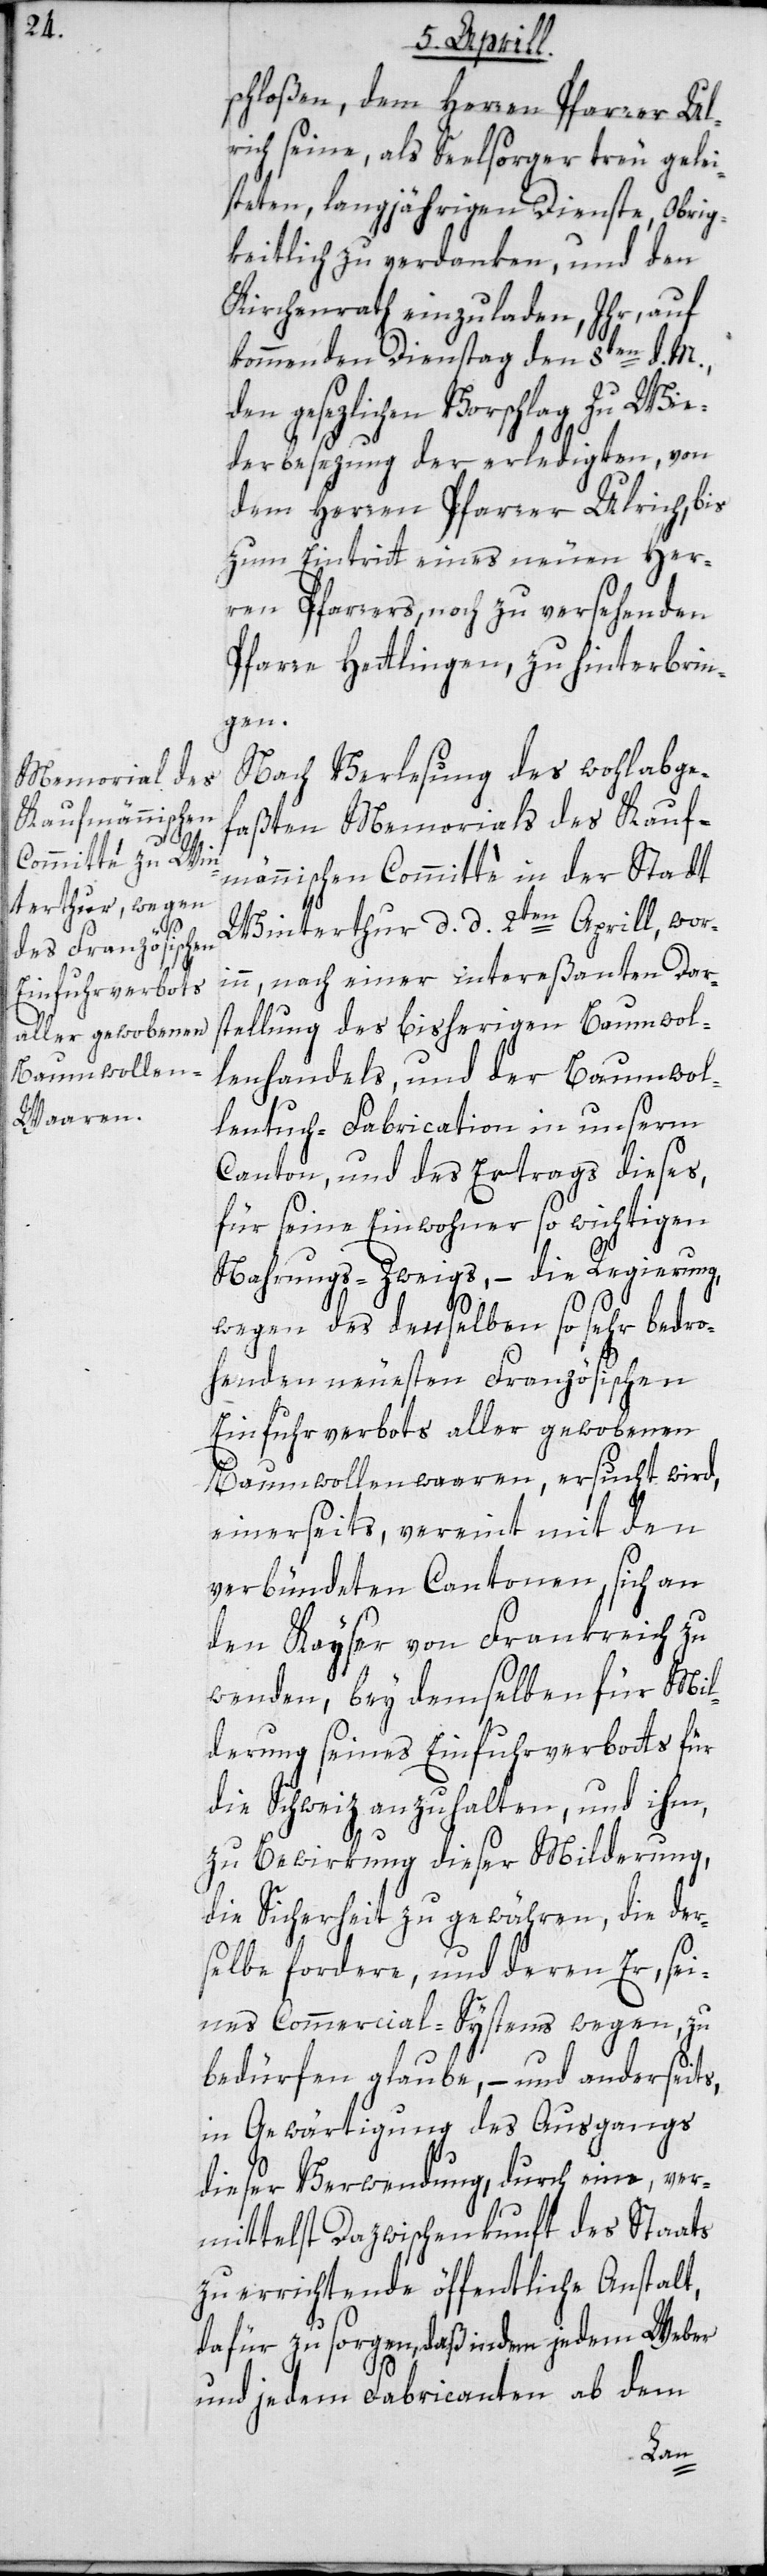
schloßen, dem Herren Pfarrer Ul¬
rich seine, als Seelsorger treu gelei¬
steten, langjährigen Dienste, Obrig¬
keitlich zu verdanken, und den
Kirchenrath einzuladen, Ihr auf
kommenden Dienstag den 8ten d. M.,
den gesezlichen Vorschlag zu Wie¬
derbesezung der erledigten, von
dem Herren Pfarrer Ulrich, bis
zum Eintritt eines neuen Her¬
ren Pfarrers, noch zu versehenden
Pfarre Hettlingen, zu hinterbrin¬
gen.
Nach Verlesung des wohlabge¬
faßten Memorials des Kauf¬
männischen Committé in der Stadt
Winterthur, d. d. 2ten Aprill, wor¬
inn, nach einer intereßanten Dar¬
stellung des bisherigen Baumwol¬
lenhandels, und der Baumwol¬
lentuch-Fabrication in unserm
Canton, und des Ertrags dieses,
für seine Einwohner so wichtigen
Nahrungs-Zweigs, – die Regierung,
wegen des denselben so sehr bedro¬
henden neuesten Französischen
Einfuhrverbots aller gewobenen
Baumwollenwaaren, ersucht wird,
einerseits, vereint mit den
verbündeten Cantonen, sich an
den Kayser von Frankreich zu
wenden, bey demselben für Mil¬
derung seines Einfuhrverbots für
die Schweiz anzuhalten und ihm,
zu Bewirkung dieser Milderung,
die Sicherheit zu gewähren, die der¬
selbe fordere, und deren Er, sei¬
nes Commercial-Systems wegen, zu
bedürfen glaube, – und anderseits,
in Gewärtigung des Ausgangs
dieser Verwendung, durch eine, ver¬
mittelst Dazwischenkunft des Staats
zu errichtende öffentliche Anstalt,
dafür zu sorgen, daß indem jedem Weber
und jedem Fabricanten ab dem